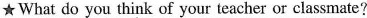
★What do you think of your teacher or classmate?